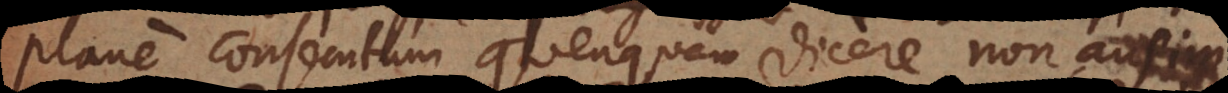
plane consecutum quenquam dicere non ausim.